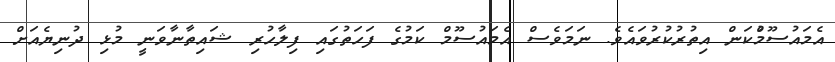
އެމައުސޫމުްކަން އިތުރުކުރުވައެވެ. ނަމަވެސް އެމައުސޫމް ކަމުގެ ފަހަތުގައި ފިލާހުރި ޝައިތާނާވަނީ މުޅި ދުނިޔެއަށް